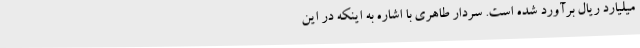
میلیارد ریال برآورد شده است. سردار طاهری با اشاره به اینکه در این